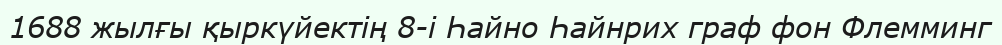
1688 жылғы қыркүйектің 8-і Һайно Һайнрих граф фон Флемминг